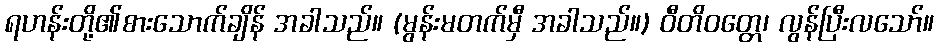
ရဟန်းတို့၏စားသောက်ချိန် အခါသည်။ (မွန်းမတက်မှီ အခါသည်။) ဝီတိဝတ္တေ၊ လွန်ပြီးလသော်။